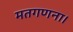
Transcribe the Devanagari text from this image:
मतगणना।